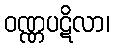
ဝဏ္ဏပဋိလာ၊